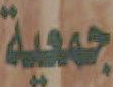
جمعية